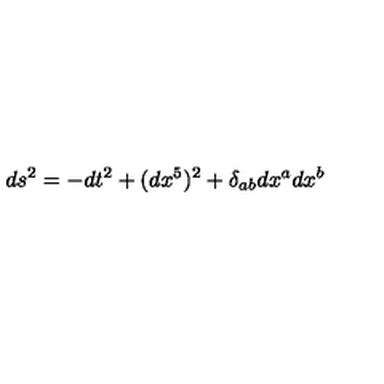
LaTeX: d s ^ { 2 } = - d t ^ { 2 } + ( d x ^ { 5 } ) ^ { 2 } + \delta _ { a b } d x ^ { a } d x ^ { b }